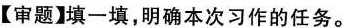
【审题】填一填，明确本次习作的任务。